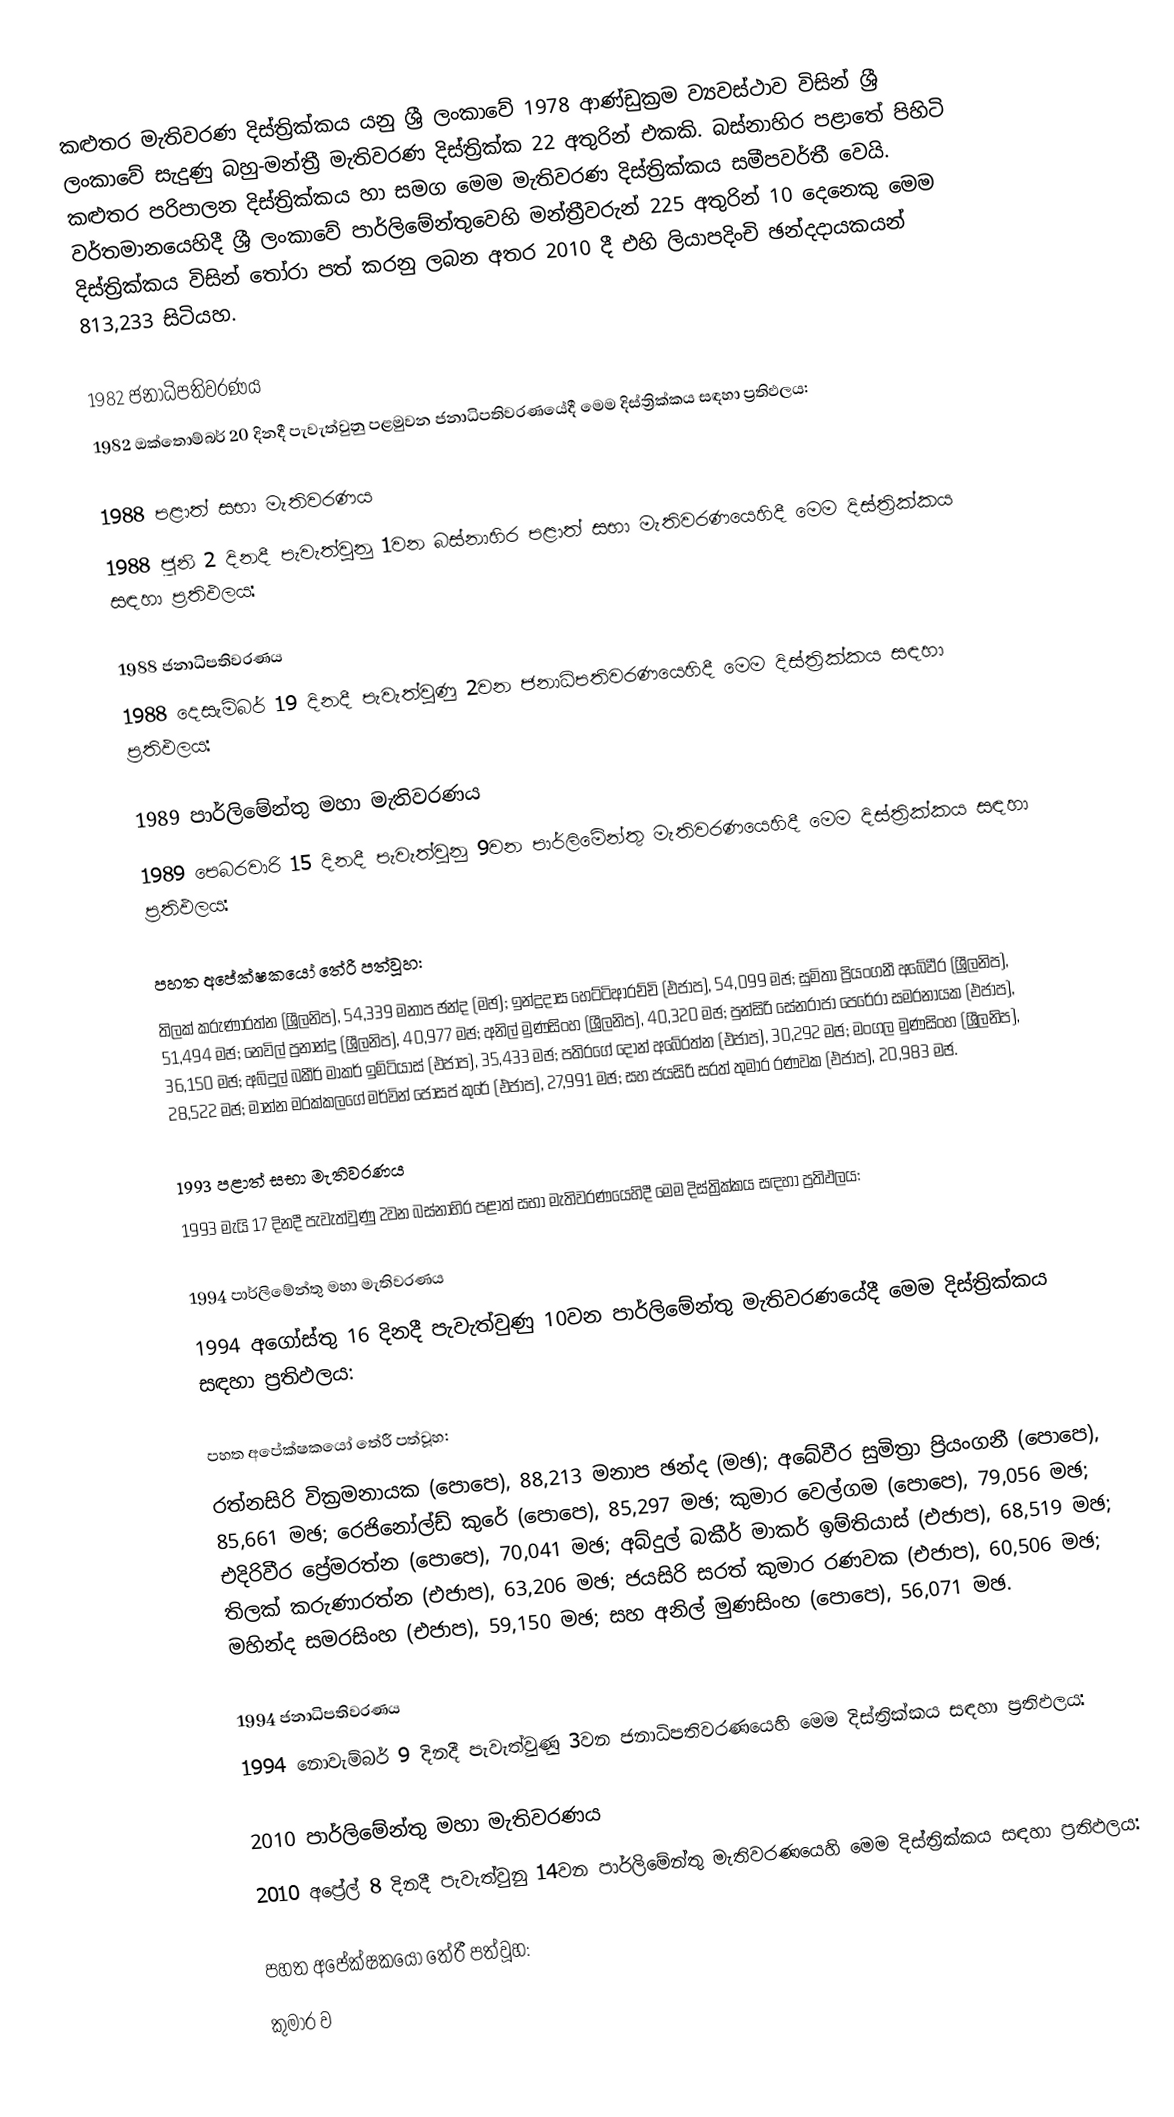
කළුතර මැතිවරණ දිස්ත්‍රික්කය යනු ශ්‍රී ලංකාවේ 1978 ආණ්ඩුක්‍රම ව්‍යවස්ථාව විසින් ශ්‍රී ලංකාවේ සැදුණු  බහු-මන්ත්‍රී මැතිවරණ දිස්ත්‍රික්ක 22 අතුරින් එකකි. බස්නාහිර පළාතේ පිහිටි  කළුතර පරිපාලන දිස්ත්‍රික්කය හා සමග මෙම මැතිවරණ දිස්ත්‍රික්කය සමීපවර්තී වෙයි. වර්තමානයෙහිදී  ශ්‍රී ලංකාවේ පාර්ලිමේන්තුවෙහි මන්ත්‍රීවරුන් 225 අතුරින් 10 දෙනෙකු මෙම දිස්ත්‍රික්කය විසින් තෝරා පත් කරනු ලබන අතර 2010 දී එහි ලියාපදිංචි ඡන්දදායකයන් 813,233 සිටියහ.

1982 ජනාධිපතිවරණය
1982 ඔක්තොම්බර් 20 දිනදී පැවැත්වුනු පළමුවන ජනාධිපතිවරණයේදී මෙම දිස්ත්‍රික්කය සඳහා ප්‍රතිඵලය:

1988 පළාත් සභා මැතිවරණය
1988 ජූනි 2 දිනදී පැවැත්වුනු 1වන බස්නාහිර පළාත් සභා මැතිවරණයෙහිදී මෙම දිස්ත්‍රික්කය සඳහා ප්‍රතිඵලය:

1988 ජනාධිපතිවරණය
1988 දෙසැම්බර් 19 දිනදී පැවැත්වුණු 2වන ජනාධිපතිවරණයෙහිදී මෙම දිස්ත්‍රික්කය සඳහා ප්‍රතිඵලය:

1989 පාර්ලිමේන්තු මහා මැතිවරණය
1989 පෙබරවාරි 15 දිනදී පැවැත්වුනු 9වන පාර්ලිමේන්තු මැතිවරණයෙහිදී මෙම දිස්ත්‍රික්කය සඳහා ප්‍රතිඵලය:

පහත අපේක්ෂකයෝ තේරී පත්වූහ:
තිලක් කරුණාරත්න (ශ්‍රීලනිප), 54,339 මනාප ඡන්ද (මඡ); ඉන්ද්‍රදාස හෙට්ටිආරච්චි (එජාප), 54,099 මඡ; සුමිතා ප්‍රියංගනී අබේවීර (ශ්‍රීලනිප), 51,494 මඡ; නෙවිල් ප්‍රනාන්දු (ශ්‍රීලනිප), 40,977 මඡ; අනිල් මුණසිංහ (ශ්‍රීලනිප), 40,320 මඡ; පුන්සිරි සේනරාජා පෙරේරා සමරනායක (එජාප), 36,150 මඡ; අබ්දුල් බකීර් මාකර් ඉම්ටියාස් (එජාප), 35,433 මඡ; පතිරගේ දොන් අබේරත්න (එජාප), 30,292 මඡ; මංගල මුණසිංහ (ශ්‍රීලනිප), 28,522 මඡ; මාන්න මරක්කලගේ මර්වින් ජෝසප් කුරේ (එජාප), 27,991 මඡ; සහ ජයසිරි සරත් තුමාර රණවක (එජාප), 20,983 මඡ.

1993 පළාත් සභා මැතිවරණය
1993 මැයි 17 දිනදී පැවැත්වුණු  2වන බස්නාහිර පළාත් සභා මැතිවරණයෙහිදී මෙම දිස්ත්‍රික්කය සඳහා ප්‍රතිඵලය:

1994 පාර්ලිමේන්තු මහා මැතිවරණය
1994 අගෝස්තු 16 දිනදී පැවැත්වුණු 10වන පාර්ලිමේන්තු මැතිවරණයේදී මෙම දිස්ත්‍රික්කය සඳහා ප්‍රතිඵලය:

පහත අපේක්ෂකයෝ තේරී පත්වූහ:
රත්නසිරි වික්‍රමනායක (පොපෙ), 88,213 මනාප ඡන්ද (මඡ); අබේවීර සුමිත්‍රා ප්‍රියංගනී (පොපෙ), 85,661 මඡ; රෙජිනෝල්ඩ් කුරේ (පොපෙ), 85,297 මඡ; කුමාර වෙල්ගම (පොපෙ), 79,056 මඡ; එදිරිවීර ප්‍රේමරත්න (පොපෙ), 70,041 මඡ; අබ්දුල් බකීර් මාකර් ඉම්තියාස් (එජාප), 68,519 මඡ; තිලක් කරුණාරත්න (එජාප), 63,206 මඡ; ජයසිරි සරත් කුමාර රණවක (එජාප), 60,506 මඡ; මහින්ද සමරසිංහ (එජාප), 59,150 මඡ; සහ අනිල් මුණසිංහ (පොපෙ), 56,071 මඡ.

1994 ජනාධිපතිවරණය
1994 නොවැම්බර් 9 දිනදී පැවැත්වුණු 3වන ජනාධිපතිවරණයෙහි මෙම දිස්ත්‍රික්කය සඳහා ප්‍රතිඵලය:

2010 පාර්ලිමේන්තු මහා මැතිවරණය
2010 අප්‍රේල් 8 දිනදී පැවැත්වුනු 14වන පාර්ලිමේන්තු මැතිවරණයෙහි මෙම දිස්ත්‍රික්කය සඳහා ප්‍රතිඵලය:

පහත අපේක්ෂකයෝ තේරී පත්වූහ:
කුමාර ව